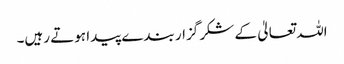
اللہ تعالیٰ کے شکر گزار بندے پیدا ہوتے رہیں۔